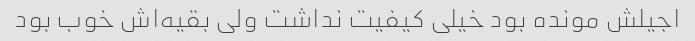
اجیلش مونده بود خیلی کیفیت نداشت ولی بقیه‌اش خوب بود